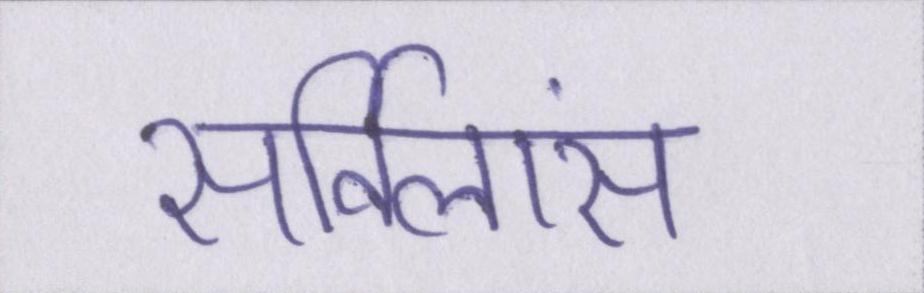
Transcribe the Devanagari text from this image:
सर्विलांस